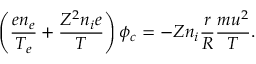
\left( \frac { e n _ { e } } { T _ { e } } + \frac { Z ^ { 2 } n _ { i } e } { T } \right) \phi _ { c } = - Z n _ { i } \frac { r } { R } \frac { m u ^ { 2 } } { T } .